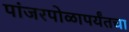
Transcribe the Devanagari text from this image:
पांजरपोळापर्यंतचा